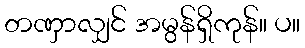
တဏှာလျှင် အမွန်ရှိကုန်။ ပ။